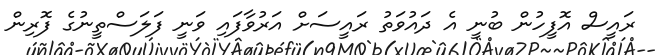
ރައީސް އޮފީހުން ބުނީ އެ ދައުވަތު ރައީސަށް އަރުވާފައި ވަނީ ފަލަސްތީނުގެ ފޮރިން